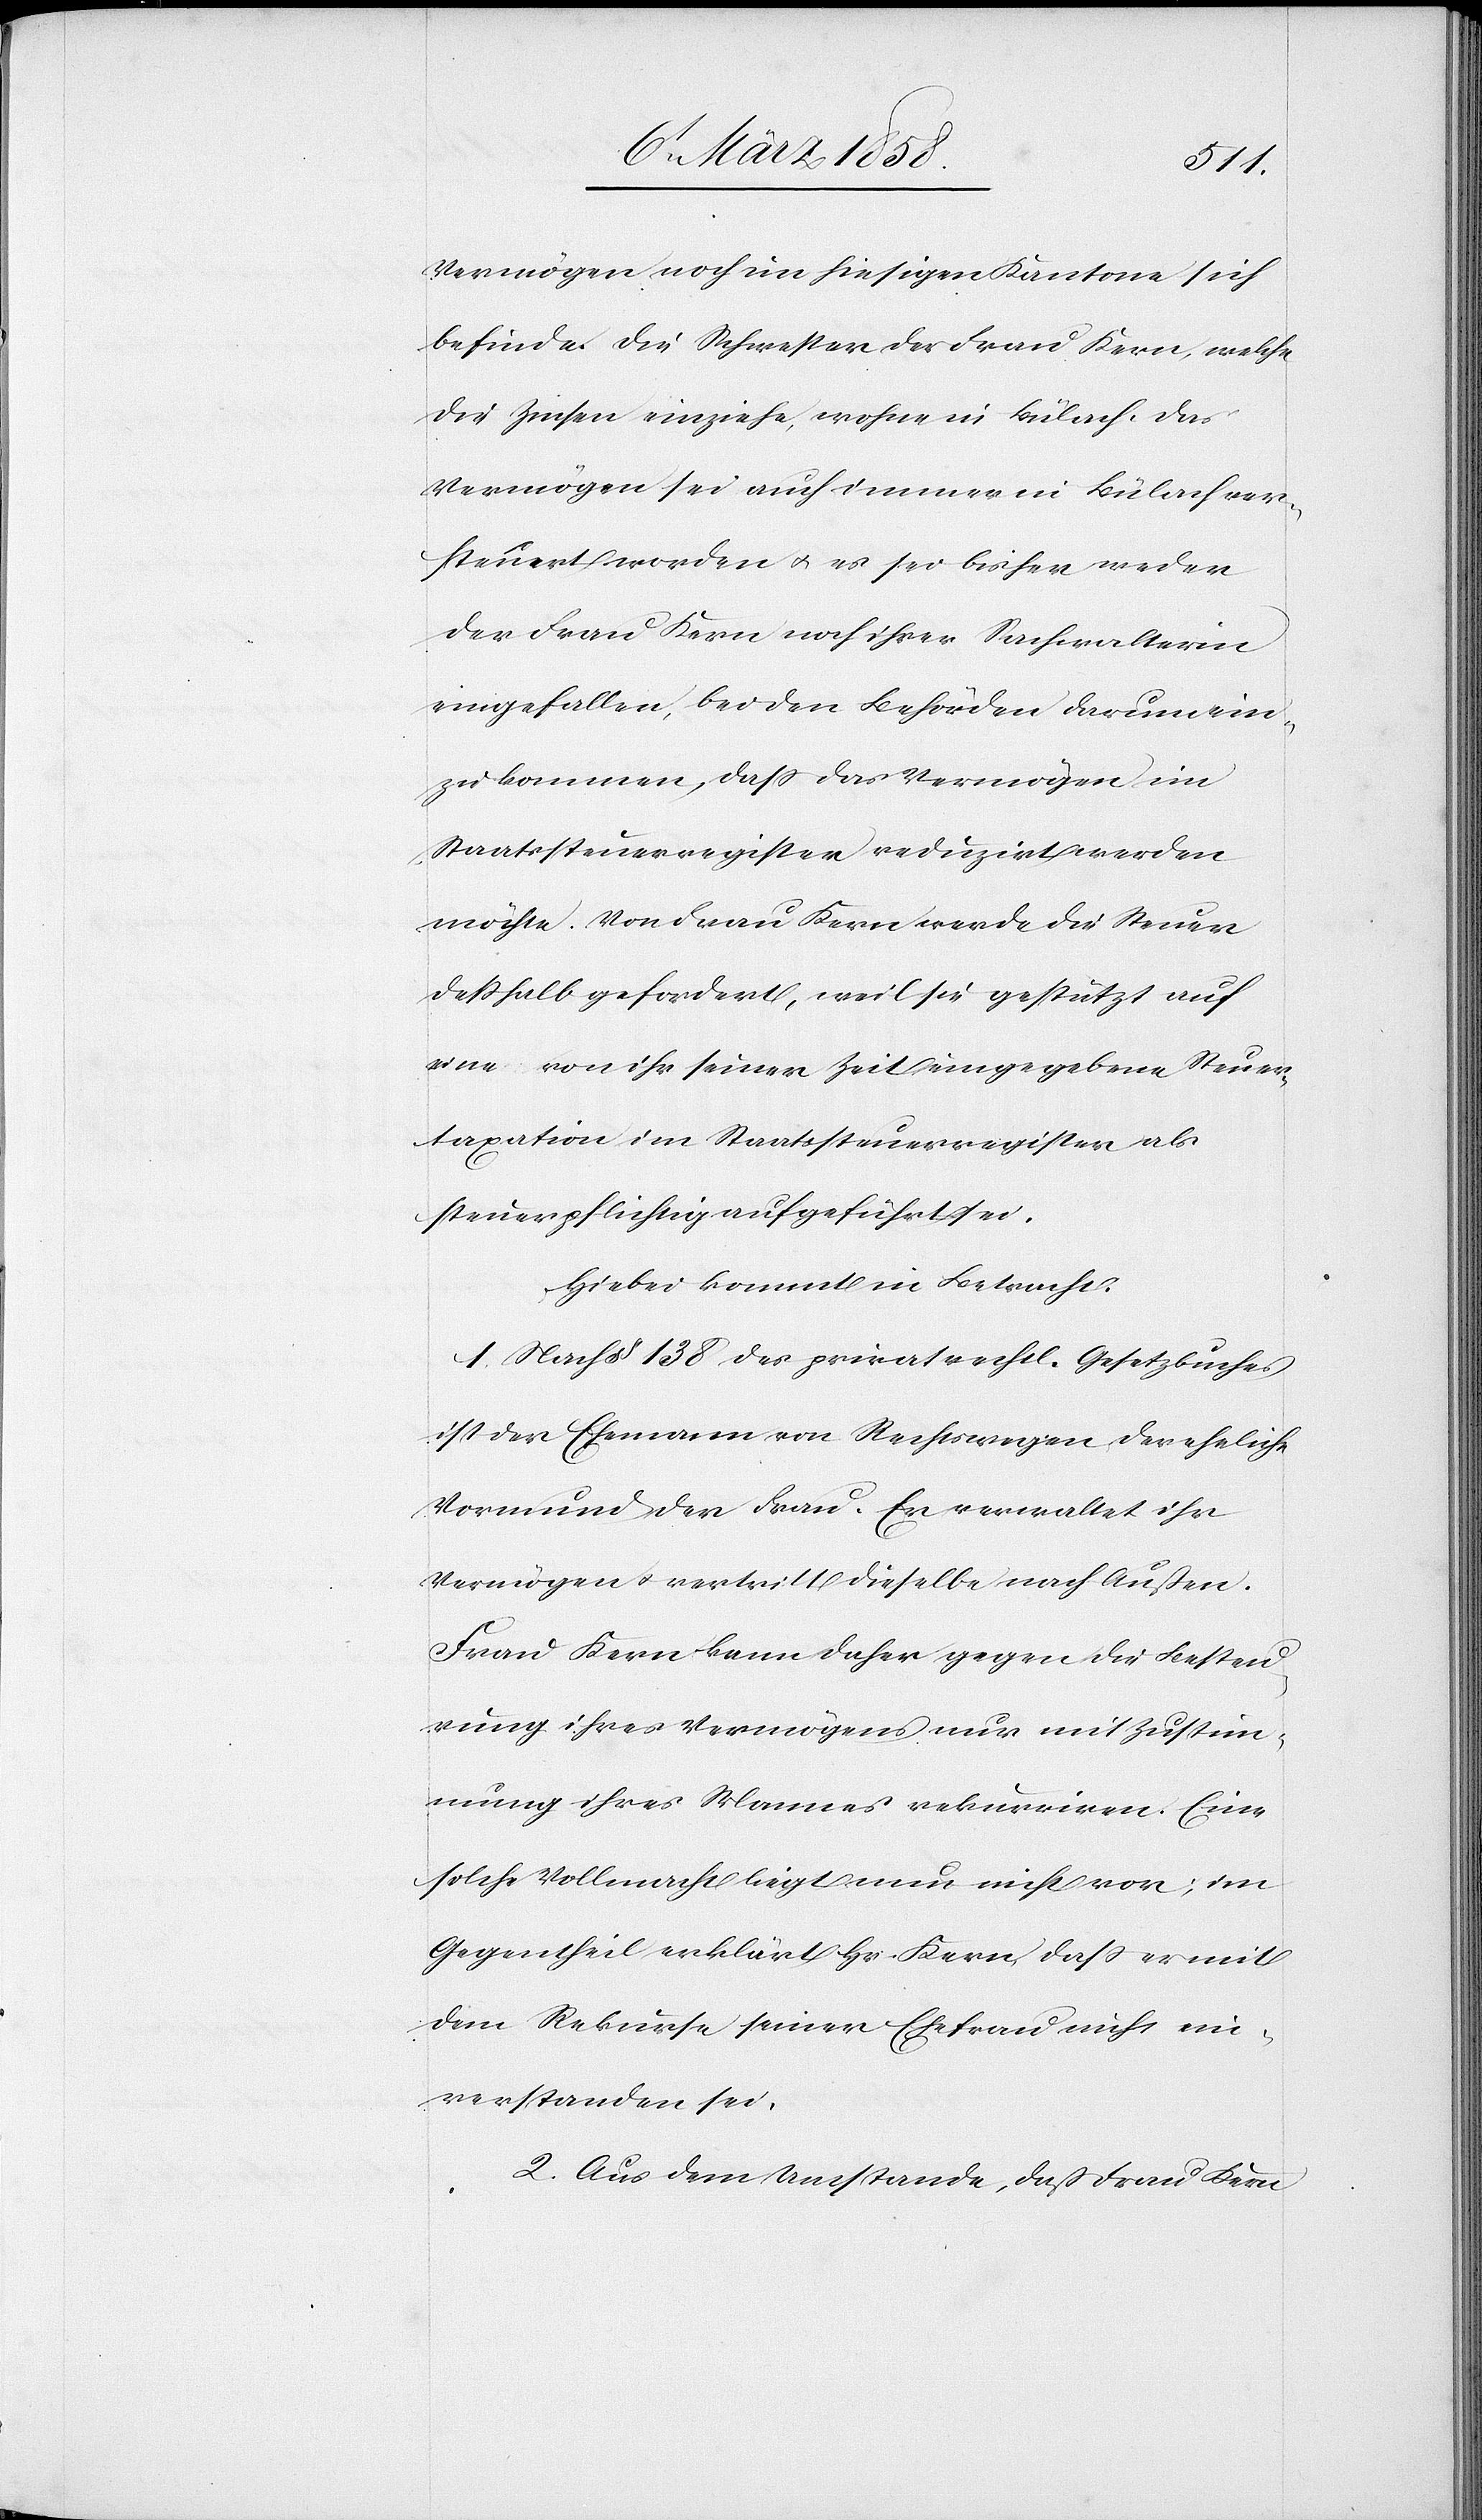
Vermögen noch im hiesigen Kantone sich
befinde. Die Schwester der Frau Kern, welche
die Zinsen einziehe, wohne in Bülach, das
Vermögen sei auch immer in Bülach ver¬
steuert worden u. es sei bisher weder
der Frau Kern noch ihrer Sachwalterin
eingefallen, bei den Behörden darum ein¬
zukommen, daß das Vermögen im
Staatssteuerregister reduzirt werden
möchte. Von Frau Kern werde die Steuer
deßhalb gefordert, weil sie gestützt auf
eine von ihr seiner Zeit eingegebene Steuer¬
taxation im Staatssteuerregister als
steuerpflichtig aufgeführt sei.
Hiebei kommt in Betracht:
1. Nach §138 des privatrechtl. Gesetzbuches
ist der Ehemann von Rechtswegen der eheliche
Vormund der Frau. Er verwaltet ihr
Vermögen u. vertritt dieselbe nach Außen.
Frau Kern kann daher gegen die Besteu¬
rung ihres Vermögens nur mit Zustim¬
mung ihres Mannes rekurriren. Eine
solche Vollmacht liegt nun nicht vor; im
Gegentheil erklärt Hr. Kern, daß er mit
dem Rekurse seiner Ehefrau nicht ein¬
verstanden sei.
2. Aus dem Umstande, daß Frau Kern